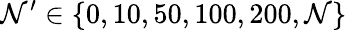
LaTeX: \mathcal{N}^{\prime}\in\{ 0,10,50,100,200,\mathcal{N}\}